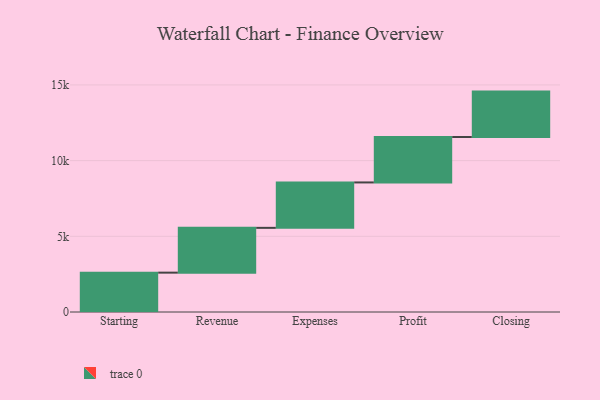
{"axis": {"x": "Step", "y": "Value"}, "legend": [""], "data": [{"x": "Starting", "y": 2599.0, "type": ""}, {"x": "Revenue", "y": 2959.0, "type": ""}, {"x": "Expenses", "y": 3000, "type": ""}, {"x": "Profit", "y": 3000, "type": ""}, {"x": "Closing", "y": 3000, "type": ""}]}